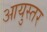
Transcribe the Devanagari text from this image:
आयुस्तर